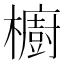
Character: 櫥